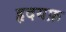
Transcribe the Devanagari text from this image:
हृदयफ़